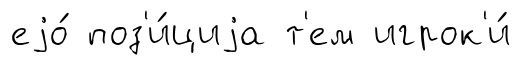
еjо́ поз'и́циjа т'ем игрок'и́